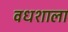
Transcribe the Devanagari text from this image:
वधशाला